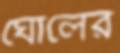
ঘোলের